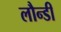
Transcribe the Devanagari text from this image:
लौन्डी